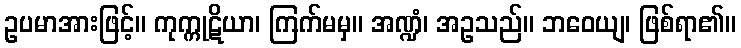
ဥပမာအားဖြင့်။ ကုက္ကုဋိယာ၊ ကြက်မမှ။ အဏ္ဍံ၊ အဥသည်။ ဘဝေယျ၊ ဖြစ်ရာ၏။